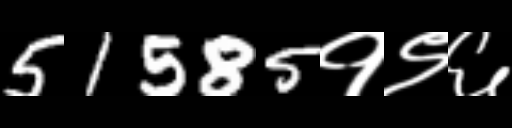
Text: 51585१९६